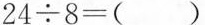
$$2 4 ÷ 8 = ( )$$